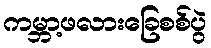
ကမ္ဘာ့ဖလားခြေစစ်ပွဲ